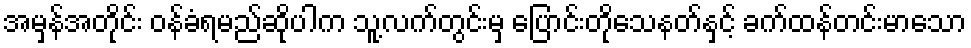
အမှန်အတိုင်း ဝန်ခံရမည်ဆိုပါက သူ့လက်တွင်းမှ ပြောင်းတိုသေနတ်နှင့် ခက်ထန်တင်းမာသော